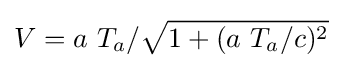
V=a\ T_{a}/{\sqrt {1+(a\ T_{a}/c)^{2}}}